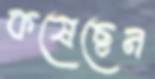
কষেছেন